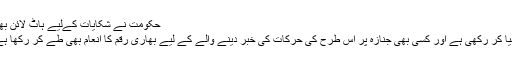
حکومت نے شکایات کےلیے ہاٹ لائن بھی
مہیا کر رکھی ہے اور کسی بھی جنازہ پر اس طرح کی حرکات کی خبر دینے والے کے لیے بھاری رقم کا انعام بھی طے کر رکھا ہے۔